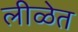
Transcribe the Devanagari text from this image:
लीळेत